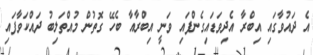
އެ ދައުވާގައި އިބްރާ އެދިވަޑައިގެންފައި ވަނީ އިބްރާއާ ބެހޭ ގޮތުން މުއްތަލިބު ދައްކަވާފައި